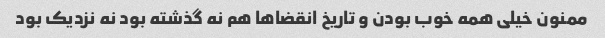
ممنون خیلی همه خوب بودن و تاریخ انقضاها هم نه گذشته بود نه نزدیک بود